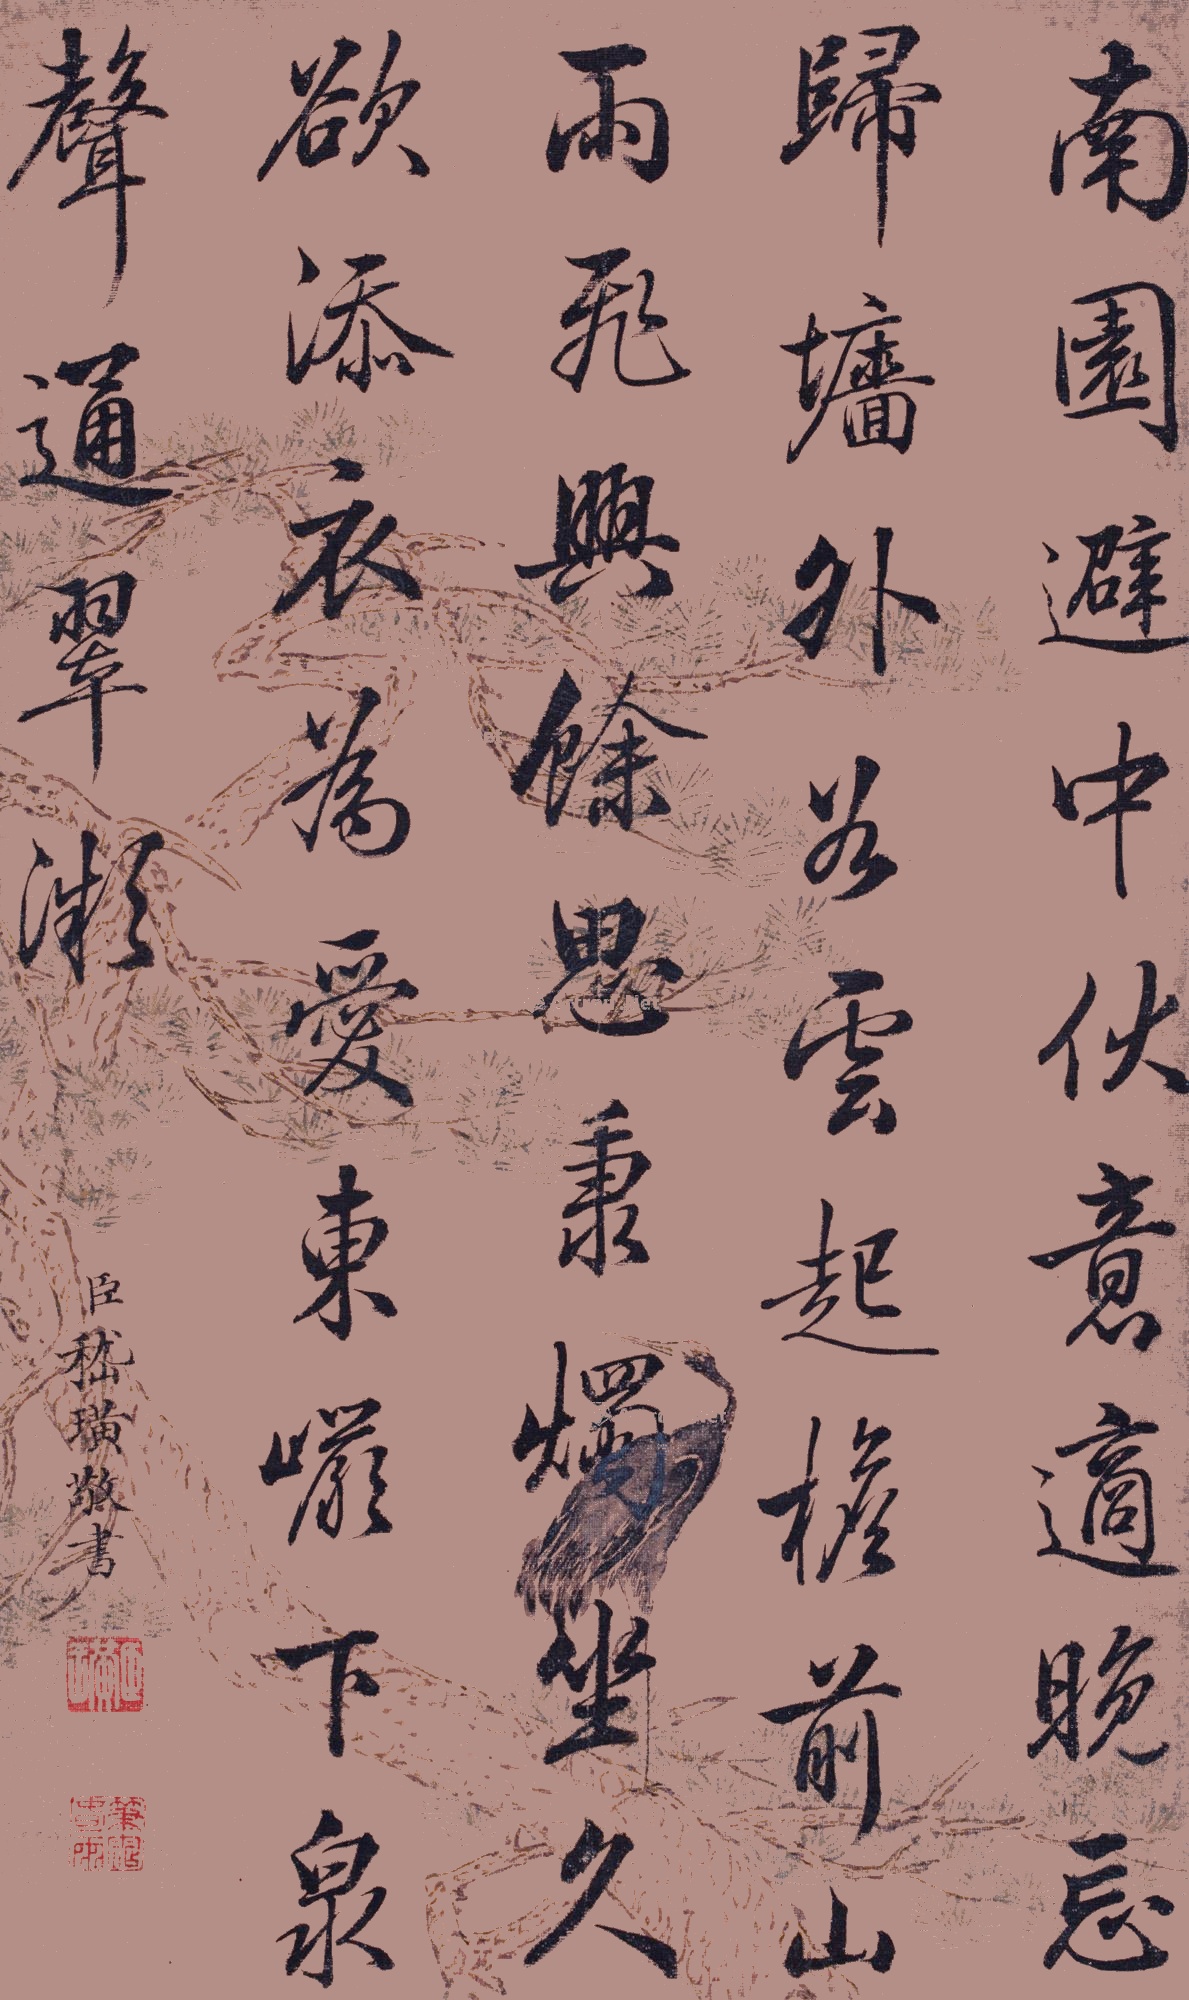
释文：南园避中伏，意适晚忘归。墙外谷云起，檐前山雨飞。兴余思秉烛，坐久欲添衣。为爱东岩下，泉声通翠微。臣嵇璜敬书。